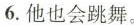
6.他也会跳舞。